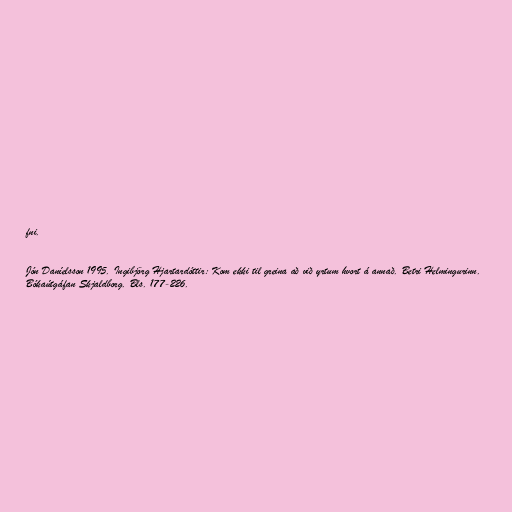
fni.

Jón Daníelsson 1995. Ingibjörg Hjartardóttir: Kom ekki til greina að við yrtum hvort á annað. Betri Helmingurinn.
Bókaútgáfan Skjaldborg. Bls. 177-226.